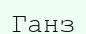
Ганз